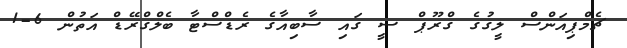
ޗެމްޕިއަންސް ލީގުގެ ގްރޫޕް ސީ ގައި ސާބިއާގެ ރެޑްސްޓާ ބެލްގްރޭޑް އަތުން 6-1